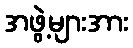
အဖွဲ့များအား